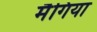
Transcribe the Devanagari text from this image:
मैगिया